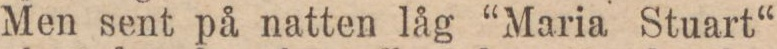
Men sent på natten låg “Maria Stuart“